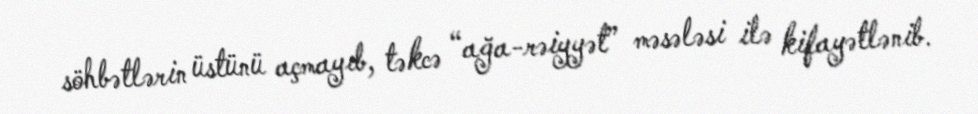
söhbətlərin üstünü açmayıb, təkcə “ağa-rəiyyət” məsələsi ilə kifayətlənib.